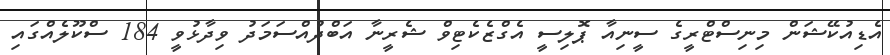
އެޑިއުކޭޝަން މިނިސްޓްރީގެ ސީނިއާ ޕޮލިސީ އެގްޒެކެޓިވް ޝެރީނާ އަބްދުއްސަމަދު ވިދާޅުވީ 184 ސްކޫލެއްގައި